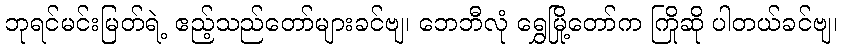
ဘုရင်မင်းမြတ်ရဲ့ ဧည့်သည်တော်များခင်ဗျ၊ ဘေဘီလုံ ရွှေမြို့တော်က ကြိုဆို ပါတယ်ခင်ဗျ၊